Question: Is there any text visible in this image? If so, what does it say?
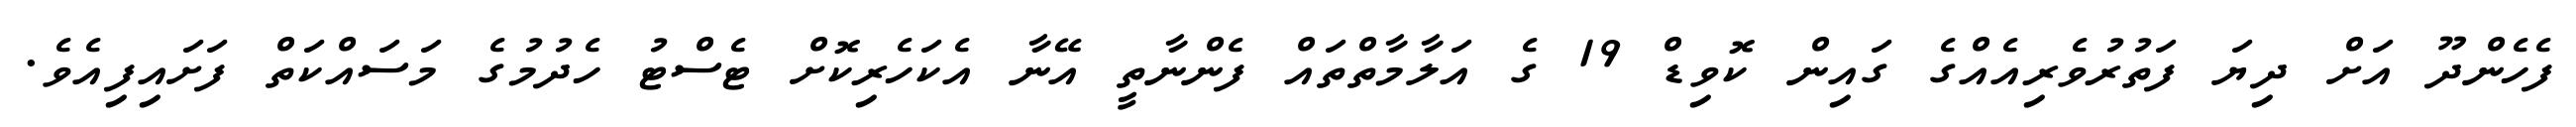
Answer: ފެހެންދޫ އަށް ދިޔަ ފަތުރުވެރިއެއްގެ ގައިން ކޮވިޑް 19 ގެ އަލާމާތްތައް ފެންނާތީ އޭނާ އެކަހެރިކޮށް ޓެސްޓު ހެދުމުގެ މަސައްކަތް ފަށައިފިއެވެ.